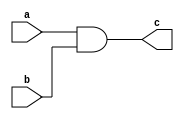
module andGate(

input a,
input b,
output c

);



assign c = a & b;







endmodule